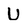
Character: U